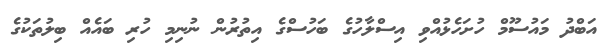
އަބްދު މައުސޫމް ހުށަހެޅުއްވި އިސްލާހުގެ ބަހުސްގެ އިތުރުން ނުނިމި ހުރި ބައެއް ބިލުތަކުގެ